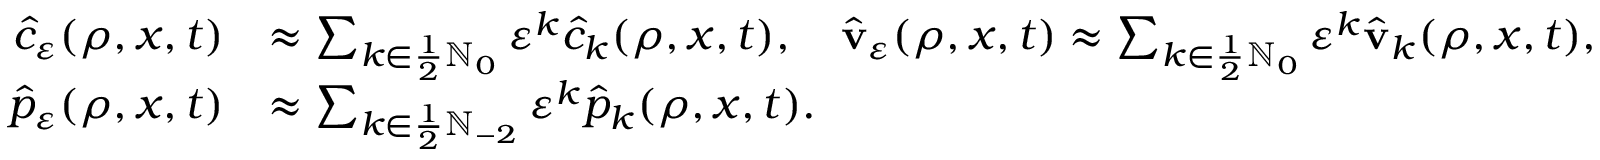
\begin{array} { r l } { \hat { c } _ { \ensuremath { \varepsilon } } ( \rho , x , t ) } & { \approx \sum _ { k \in \frac 1 2 \ensuremath { \mathbb { N } } _ { 0 } } \ensuremath { \varepsilon } ^ { k } \hat { c } _ { k } ( \rho , x , t ) , \quad \hat { \mathbf { v } } _ { \ensuremath { \varepsilon } } ( \rho , x , t ) \approx \sum _ { k \in \frac 1 2 \ensuremath { \mathbb { N } } _ { 0 } } \ensuremath { \varepsilon } ^ { k } \hat { \mathbf { v } } _ { k } ( \rho , x , t ) , \quad } \\ { \hat { p } _ { \ensuremath { \varepsilon } } ( \rho , x , t ) } & { \approx \sum _ { k \in \frac 1 2 \ensuremath { \mathbb { N } } _ { - 2 } } \ensuremath { \varepsilon } ^ { k } \hat { p } _ { k } ( \rho , x , t ) . } \end{array}